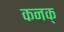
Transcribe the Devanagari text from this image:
कनक्